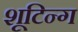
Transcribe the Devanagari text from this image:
शूटिन्ग